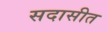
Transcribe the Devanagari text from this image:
सदासीत